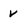
Character: v